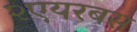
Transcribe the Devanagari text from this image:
२एयरबस